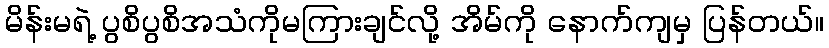
မိန်းမရဲ့ ပွစိပွစိအသံကိုမကြားချင်လို့ အိမ်ကို နောက်ကျမှ ပြန်တယ်။